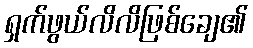
ရှက်ဖွယ်လိလိဖြစ်ချေ၏